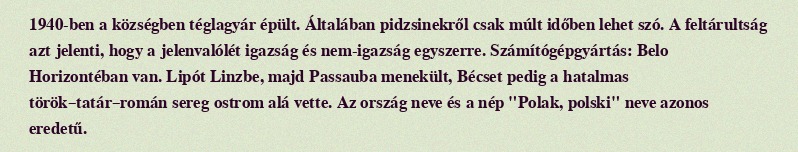
1940-ben a községben téglagyár épült. Általában pidzsinekről csak múlt időben lehet szó. A feltárultság azt jelenti, hogy a jelenvalólét igazság és nem-igazság egyszerre. Számítógépgyártás: Belo Horizontéban van. Lipót Linzbe, majd Passauba menekült, Bécset pedig a hatalmas török–tatár–román sereg ostrom alá vette. Az ország neve és a nép "Polak, polski" neve azonos eredetű.